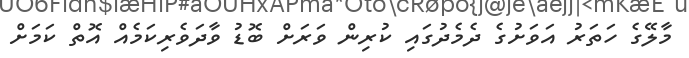
މާލޭގެ ހަތަރު އަވަށުގެ ދެމެދުގައި ކުރިން ވަރަށް ބޮޑު ވާދަވެރިކަމެއް އޮތް ކަމަށް